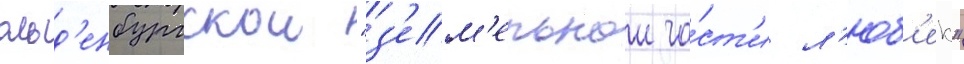
ольд'енбургскои "з'ем'ельнои ча́ст'и л'юб'ек"